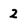
Character: 2